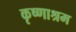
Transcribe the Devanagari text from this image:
कृष्णाश्रम